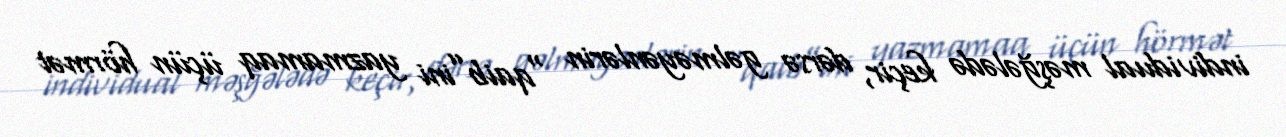
individual məşğələdə keçir, dərsə gəlməyənlərin “qaib”ini yazmamaq üçün hörmət